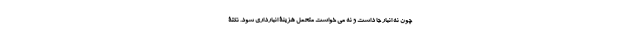
چون نه انبار جا داشت و نه می خواست متحمل هزینۀ انبارداری شود. نکتۀ